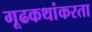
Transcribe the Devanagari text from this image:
गूढकथांकरता